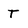
Character: T